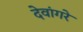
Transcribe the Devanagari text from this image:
देवांगरे